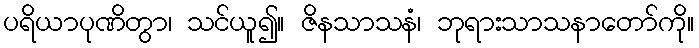
ပရိယာပုဏိတွာ၊ သင်ယူ၍။ ဇိနသာသနံ၊ ဘုရားသာသနာတော်ကို။